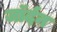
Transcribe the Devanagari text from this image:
जॉर्दन